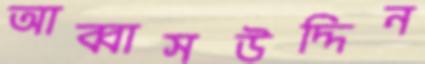
আব্বাসউদ্দিন